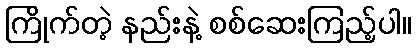
ကြိုက်တဲ့ နည်းနဲ့ စစ်ဆေးကြည့်ပါ။